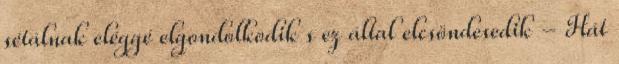
sétálnak eléggé elgondolkodik s ez által elcsöndesedik - Hát